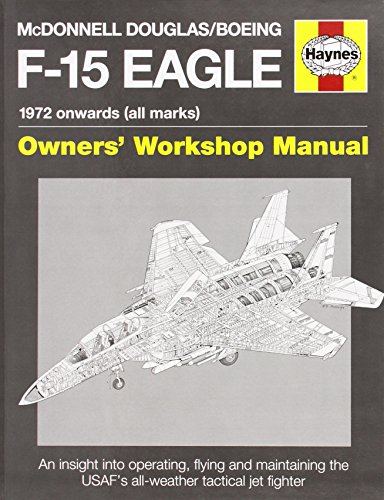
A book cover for McDonnell Douglas/Boeing F-15 Eagle Manual: 1972 onwards (all marks) (Haynes Owners' Workshop Manual); Steve Davies; Engineering & Transportation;